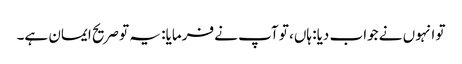
تو انہوں نے جواب دیا: ہاں، تو آپ نے فرمایا: یہ تو صریح ایمان ہے۔